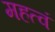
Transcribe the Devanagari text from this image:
महत्वं